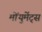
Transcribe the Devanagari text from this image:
मोंयुमेंट्स